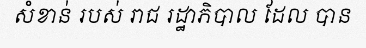
សំខាន់ របស់ រាជ រដ្ឋាភិបាល ដែល បាន